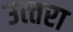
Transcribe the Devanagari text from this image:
उत्‍तरा